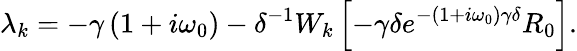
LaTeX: \lambda_{k}=-\gamma\left(1+i\omega_{0}\right)-\delta^{-1}W_{k}\left[-\gamma\delta e^{-\left(1+i\omega_{0}\right)\gamma\delta}R_{0}\right].